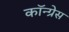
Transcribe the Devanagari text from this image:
कॉन्‍ग्रेस